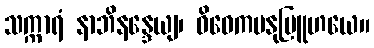
သက္ကာရံ နာဘိနန္ဒေယျ၊ ဝိဝေကမနုဗြူဟယေ။